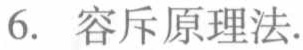
6. 容斥原理法.